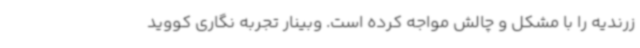
زرندیه را با مشکل و چالش مواجه کرده است. وبینار تجربه نگاری کووید